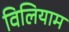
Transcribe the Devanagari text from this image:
विलियाम